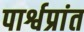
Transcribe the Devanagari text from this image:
पार्श्वप्रांत